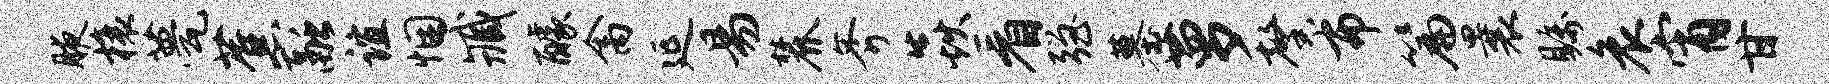
腋榱甍蕉融谊悃臧醵禽延易麓斧焱看强墓萝馨布篇曩瞩哀宵甘